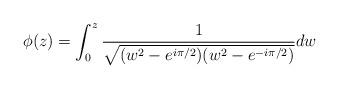
LaTeX: \begin{align*}\phi(z) = \int_0^z \frac1{\sqrt{(w^2-e^{i\pi/2})(w^2-e^{-i\pi/2})}} dw \end{align*}